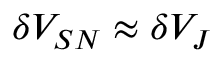
\delta V _ { S N } \approx \delta V _ { J }